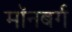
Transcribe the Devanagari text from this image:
मॉनबर्ग